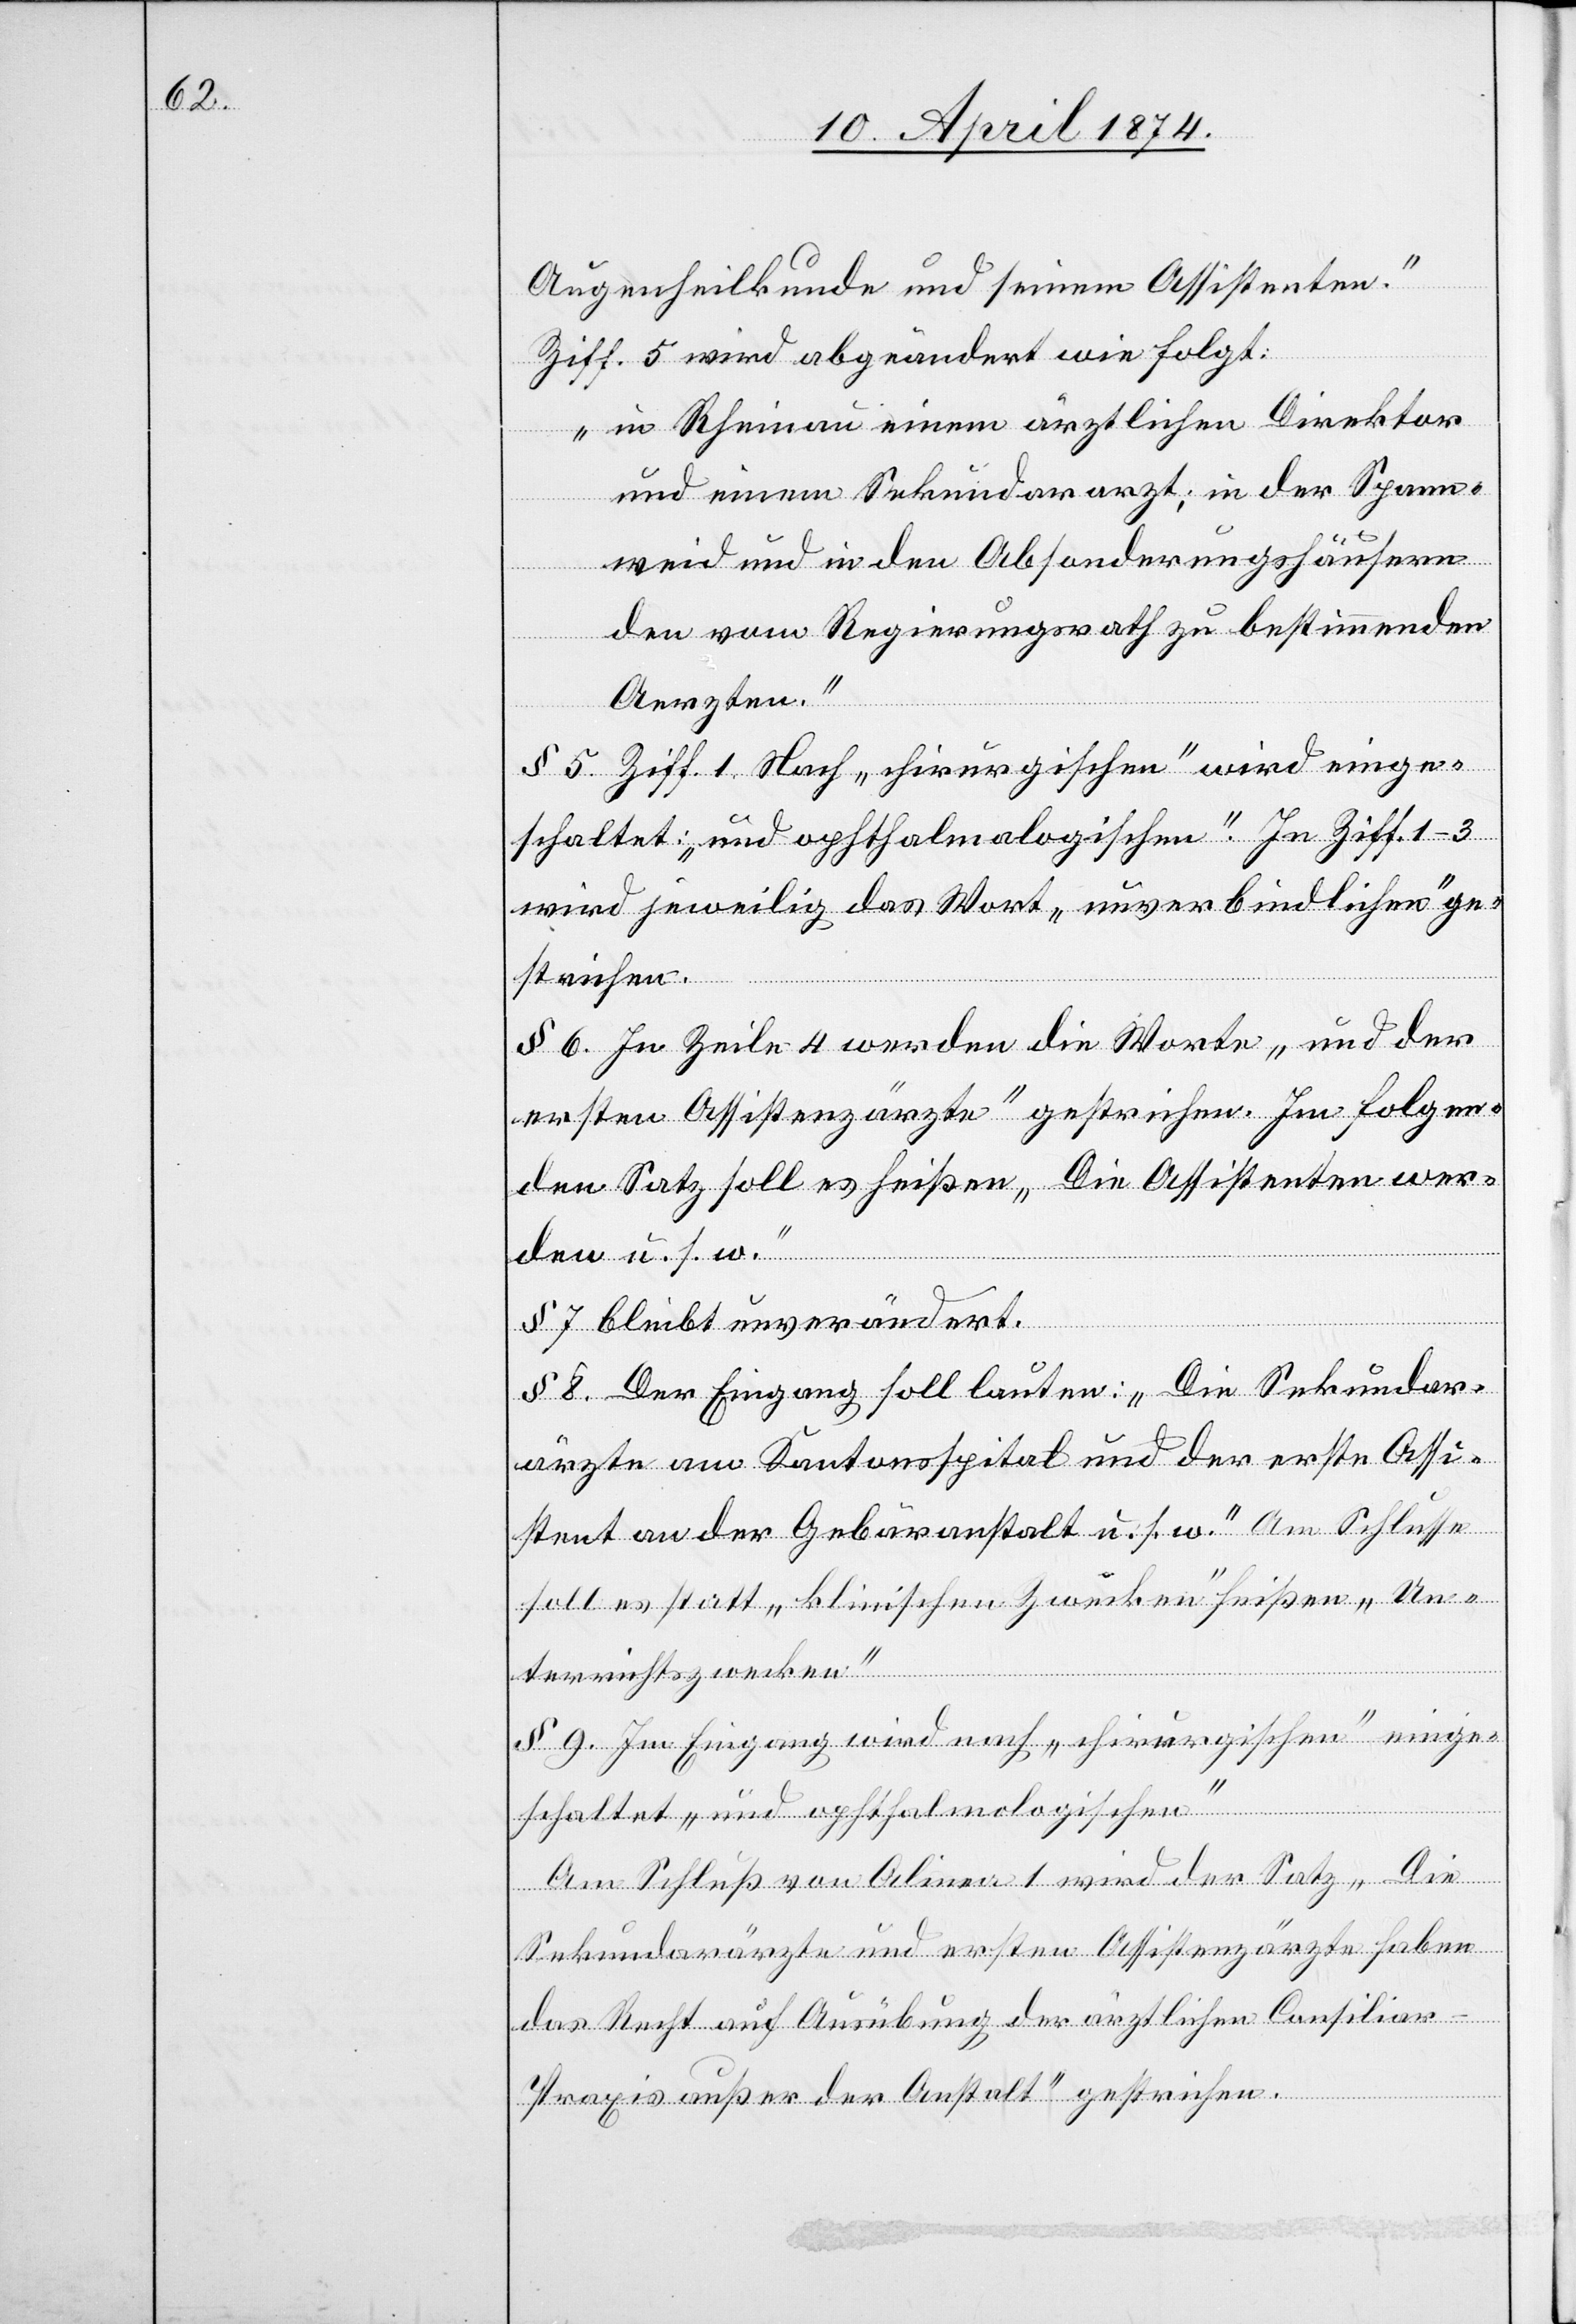
Augenheilkunde und seinem Assistenten.“
Ziff. 5 wird abgeändert wie folgt:
„in Rheinau einem ärztlichen Direktor
und einem Sekundararzt, in der Spann¬
weid und in den Absonderungshäusern
den vom Regierungsrath zu bestimmenden
Aerzten.“
§ 5. Ziff. 1, Nach „chirurgischen“ wird einge¬
schaltet: „und ophthalmologischen“. In Ziff. 1–3
wird jeweilig das Wort „unverbindlichen“ ge¬
strichen.
§ 6. In Zeile 4 werden die Worte „und der
ersten Assistenzärzte“ gestrichen. Im folgen¬
den Satz soll es heißen „Die Assistenten wer¬
den u. s. w.“
§ 7 bleibt unverändert.
§ 8. Der Eingang soll lauten: „Die Sekundar¬
ärzte am Kantonsspital und der erste Assi¬
stent an der Gebäranstalt u. s. w.“ Am Schlusse
soll es statt „klinischen Zwecken“ heißen „Un¬
terrichtszwecken.“
§ 9. Im Eingang wird nach „chirurgischen“ einge¬
schaltet „und ophthalmologischen“[.]
Am Schluß von Alinea 1 wird der Satz „Die
Sekundarärzte und ersten Assistenzärzte haben
das Recht auf Ausübung der ärztlichen Consiliar-P¬
raxis außer der Anstalt“ gestrichen.